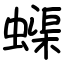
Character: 蟝